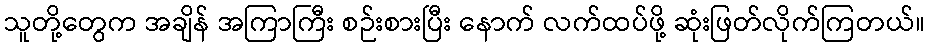
သူတို့တွေက အချိန် အကြာကြီး စဉ်းစားပြီး နောက် လက်ထပ်ဖို့ ဆုံးဖြတ်လိုက်ကြတယ်။